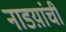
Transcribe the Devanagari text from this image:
नाडय़ांची